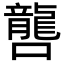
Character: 𡃡